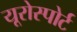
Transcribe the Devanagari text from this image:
यूरोस्पोर्ट